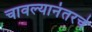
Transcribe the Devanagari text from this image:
चावल्यानंतरचे